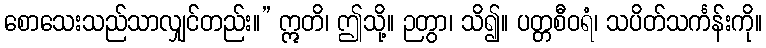
စောသေးသည်သာလျှင်တည်း။” ဣတိ၊ ဤသို့။ ဉတွာ၊ သိ၍။ ပတ္တစီဝရံ၊ သပိတ်သင်္ကန်းကို။